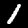
Label: 1